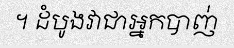
។ ដំបូងវាជាអ្នកបាញ់